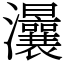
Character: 㶞